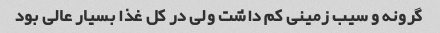
گرونه و سیب زمینی کم داشت ولی در کل غذا بسیار عالی بود